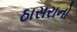
ઠાસરાનો